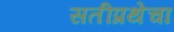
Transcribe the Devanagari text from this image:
सतीप्रथेचा